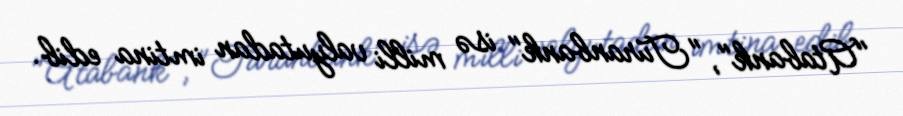
"Atabank", "Turanbank" isə milli valyutadan imtina edib.